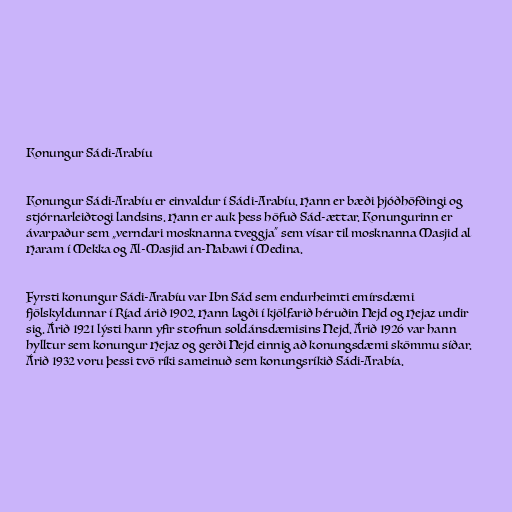
Konungur Sádi-Arabíu

Konungur Sádi-Arabíu er einvaldur í Sádi-Arabíu. Hann er bæði þjóðhöfðingi og
stjórnarleiðtogi landsins. Hann er auk þess höfuð Sád-ættar. Konungurinn er
ávarpaður sem „verndari mosknanna tveggja“ sem vísar til mosknanna Masjid al
Haram í Mekka og Al-Masjid an-Nabawi í Medina.

Fyrsti konungur Sádi-Arabíu var Ibn Sád sem endurheimti emírsdæmi
fjölskyldunnar í Ríad árið 1902. Hann lagði í kjölfarið héruðin Nejd og Hejaz undir
sig. Árið 1921 lýsti hann yfir stofnun soldánsdæmisins Nejd. Árið 1926 var hann
hylltur sem konungur Hejaz og gerði Nejd einnig að konungsdæmi skömmu síðar.
Árið 1932 voru þessi tvö ríki sameinuð sem konungsríkið Sádi-Arabía.